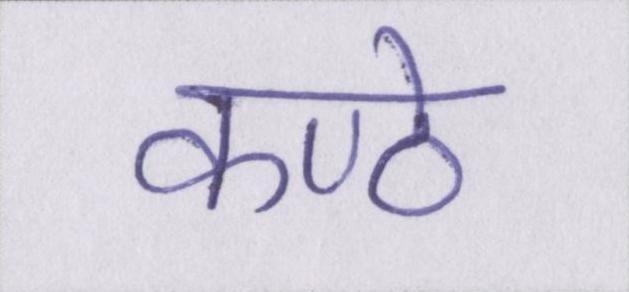
कण्ठे